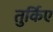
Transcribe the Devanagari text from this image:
तुर्किए